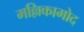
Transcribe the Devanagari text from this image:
मल्लिकामोद